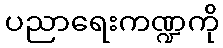
ပညာရေးကဏ္ဍကို